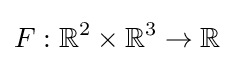
F:\mathbb {R} ^{2}\times \mathbb {R} ^{3}\to \mathbb {R}